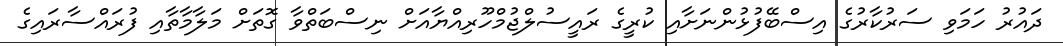
ދައުރު ހަމަވި ސަރުކާރުގެ އިސްބޭފުޅުންނަށާއި ކުރީގެ ރައީސުލްޖުމްހޫރިއްޔާއަށް ނިސްބަތްވާ ގޮތަށް މަލާމާތާއި ފުރައްސާރައިގެ